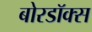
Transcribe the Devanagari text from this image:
बोरडॉक्स